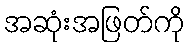
အဆုံးအဖြတ်ကို